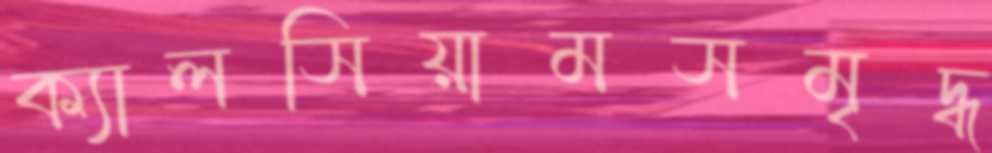
ক্যালসিয়ামসমৃদ্ধ